Calcutta medical institutions reports 1871-78
Year: 1871
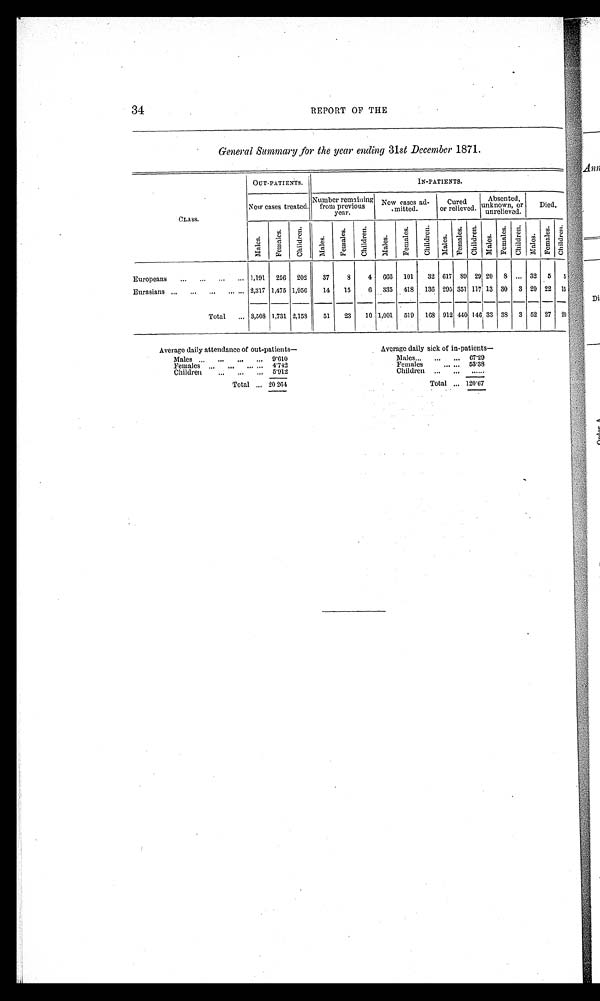
34
REPORT OF THE
General Summary for the year ending 31st December 1871.
CLASS.
OUT-PATIENTS.
IN-PATIENTS.
New cases treated.
Number remaining
from previous
year.
New cases ad-
mitted.
Cured
or relieved.
Absented,
unknown, or
unrelieved.
Died.
Ma l e s .
F e m a l e s .
C h i l d r e n .
M a l e s .
F e m a l e s .
C h i l d r e n .
M a l e s .
F e m a l e s .
C h i l d r e n . Ma l e s . F e ma l e s .
Chi l dren.
M a l e s . F e m a l e s . C h i l d r e n .
M a l e s .
F e m a l e s .
C h i l d r e n .
Europeans ... ... ... ... 1,191 256 202
37
8
4 666 101 32 617 89 29 20 8 ... 32 5 5
Eurasians . . .
. . .
. . .
. . . ... 2,317 1,475 1,956
14 15
6 335 418 136 295 351 117 13 30 3 20 22 15
Total ... 3,508 1,731 2,158
51 23 10 1,001 519 168 912 440 146 33 38 3 52 27 20
Average daily attendance of out-patients—
Average daily sick of in-patients —
Males . . . ... ... ... 9.610
Males ... ...
. . . 6 7 . 2 9
Females
. . .
. . .
. . . . . . 4 . 7 4 2
Females
. . . . . . 53.38
Children
. . . ...
. . . 5 . 9 1 2
Children ... ... ......
Total . . . 2 0 . 2 6 4
Total ... 1 2 0 . 6 7